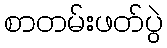
စာတမ်းဖတ်ပွဲ